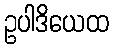
ဥပါဒိယေထ